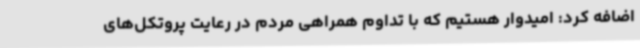
اضافه کرد: امیدوار هستیم که با تداوم همراهی مردم در رعایت پروتکل‌های